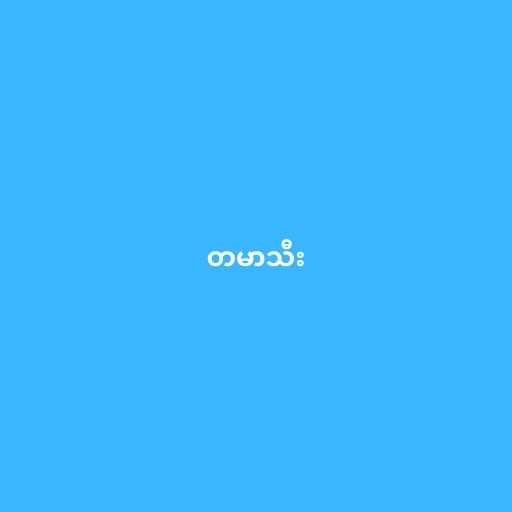
တမာသီး